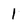
Character: 1